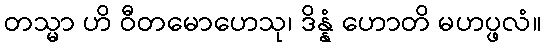
တသ္မာ ဟိ ဝီတမောဟေသု၊ ဒိန္နံ ဟောတိ မဟပ္ဖလံ။